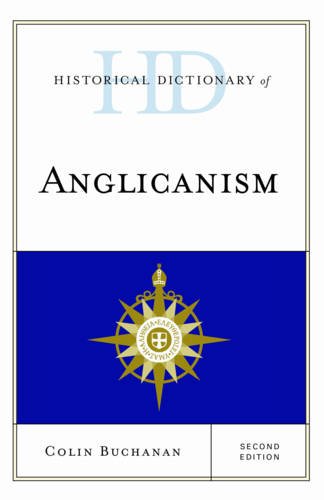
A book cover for Historical Dictionary of Anglicanism (Historical Dictionaries of Religions, Philosophies, and Movements Series); Colin Buchanan; Christian Books & Bibles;